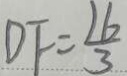
D F = \frac { 1 6 } { 3 }